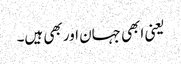
یعنی ابھی جہان اور بھی ہیں۔